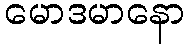
မောဒမာနော